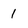
Character: 1